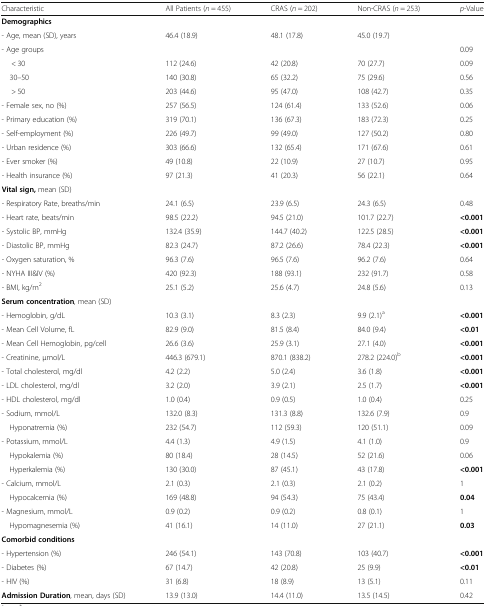
<table><thead><tr><td><b>Characteristic</b></td><td><b>All Patients (<i>n</i> = 455)</b></td><td><b>CRAS (<i>n</i> = 202)</b></td><td><b>Non-CRAS (<i>n</i> = 253)</b></td><td><b><i>p</i>-Value</b></td></tr></thead><tbody><tr><td colspan="5"><b>Demographics</b></td></tr><tr><td>- Age, mean (SD), years</td><td>46.4 (18.9)</td><td>48.1 (17.8)</td><td>45.0 (19.7)</td><td></td></tr><tr><td>- Age groups</td><td></td><td></td><td></td><td>0.09</td></tr><tr><td>&lt; 30</td><td>112 (24.6)</td><td>42 (20.8)</td><td>70 (27.7)</td><td>0.09</td></tr><tr><td> 30–50</td><td>140 (30.8)</td><td>65 (32.2)</td><td>75 (29.6)</td><td>0.56</td></tr><tr><td>&gt; 50</td><td>203 (44.6)</td><td>95 (47.0)</td><td>108 (42.7)</td><td>0.35</td></tr><tr><td>- Female sex, no (%)</td><td>257 (56.5)</td><td>124 (61.4)</td><td>133 (52.6)</td><td>0.06</td></tr><tr><td>- Primary education (%)</td><td>319 (70.1)</td><td>136 (67.3)</td><td>183 (72.3)</td><td>0.25</td></tr><tr><td>- Self-employment (%)</td><td>226 (49.7)</td><td>99 (49.0)</td><td>127 (50.2)</td><td>0.80</td></tr><tr><td>- Urban residence (%)</td><td>303 (66.6)</td><td>132 (65.4)</td><td>171 (67.6)</td><td>0.61</td></tr><tr><td>- Ever smoker (%)</td><td>49 (10.8)</td><td>22 (10.9)</td><td>27 (10.7)</td><td>0.95</td></tr><tr><td>- Health insurance (%)</td><td>97 (21.3)</td><td>41 (20.3)</td><td>56 (22.1)</td><td>0.64</td></tr><tr><td colspan="5"><b>Vital sign,</b> mean (SD)</td></tr><tr><td>- Respiratory Rate, breaths/min</td><td>24.1 (6.5)</td><td>23.9 (6.5)</td><td>24.3 (6.5)</td><td>0.48</td></tr><tr><td>- Heart rate, beats/min</td><td>98.5 (22.2)</td><td>94.5 (21.0)</td><td>101.7 (22.7)</td><td><b>&lt;0.001</b></td></tr><tr><td>- Systolic BP, mmHg</td><td>132.4 (35.9)</td><td>144.7 (40.2)</td><td>122.5 (28.5)</td><td><b>&lt;0.001</b></td></tr><tr><td>- Diastolic BP, mmHg</td><td>82.3 (24.7)</td><td>87.2 (26.6)</td><td>78.4 (22.3)</td><td><b>&lt;0.001</b></td></tr><tr><td>- Oxygen saturation, %</td><td>96.3 (7.6)</td><td>96.5 (7.6)</td><td>96.2 (7.6)</td><td>0.64</td></tr><tr><td>- NYHA III&amp;IV (%)</td><td>420 (92.3)</td><td>188 (93.1)</td><td>232 (91.7)</td><td>0.58</td></tr><tr><td>- BMI, kg/m<sup>2</sup></td><td>25.1 (5.2)</td><td>25.6 (4.7)</td><td>24.8 (5.6)</td><td>0.13</td></tr><tr><td colspan="5"><b>Serum concentration</b>, mean (SD)</td></tr><tr><td>- Hemoglobin, g/dL</td><td>10.3 (3.1)</td><td>8.3 (2.3)</td><td>9.9 (2.1)<sup>a</sup></td><td><b>&lt;0.001</b></td></tr><tr><td>- Mean Cell Volume, fL</td><td>82.9 (9.0)</td><td>81.5 (8.4)</td><td>84.0 (9.4)</td><td><b>&lt;0.01</b></td></tr><tr><td>- Mean Cell Hemoglobin, pg/cell</td><td>26.6 (3.6)</td><td>25.9 (3.1)</td><td>27.1 (4.0)</td><td><b>&lt;0.001</b></td></tr><tr><td>- Creatinine, μmol/L</td><td>446.3 (679.1)</td><td>870.1 (838.2)</td><td>278.2 (224.0)<sup>b</sup></td><td><b>&lt;0.001</b></td></tr><tr><td>- Total cholesterol, mg/dl</td><td>4.2 (2.2)</td><td>5.0 (2.4)</td><td>3.6 (1.8)</td><td><b>&lt;0.001</b></td></tr><tr><td>- LDL cholesterol, mg/dl</td><td>3.2 (2.0)</td><td>3.9 (2.1)</td><td>2.5 (1.7)</td><td><b>&lt;0.001</b></td></tr><tr><td>- HDL cholesterol, mg/dl</td><td>1.0 (0.4)</td><td>0.9 (0.5)</td><td>1.0 (0.4)</td><td>0.25</td></tr><tr><td>- Sodium, mmol/L</td><td>132.0 (8.3)</td><td>131.3 (8.8)</td><td>132.6 (7.9)</td><td>0.9</td></tr><tr><td> Hyponatremia (%)</td><td>232 (54.7)</td><td>112 (59.3)</td><td>120 (51.1)</td><td>0.09</td></tr><tr><td>- Potassium, mmol/L</td><td>4.4 (1.3)</td><td>4.9 (1.5)</td><td>4.1 (1.0)</td><td>0.9</td></tr><tr><td> Hypokalemia (%)</td><td>80 (18.4)</td><td>28 (14.5)</td><td>52 (21.6)</td><td>0.06</td></tr><tr><td> Hyperkalemia (%)</td><td>130 (30.0)</td><td>87 (45.1)</td><td>43 (17.8)</td><td><b>&lt;0.001</b></td></tr><tr><td>- Calcium, mmol/L</td><td>2.1 (0.3)</td><td>2.1 (0.3)</td><td>2.1 (0.2)</td><td>1</td></tr><tr><td> Hypocalcemia (%)</td><td>169 (48.8)</td><td>94 (54.3)</td><td>75 (43.4)</td><td><b>0.04</b></td></tr><tr><td>- Magnesium, mmol/L</td><td>0.9 (0.2)</td><td>0.9 (0.2)</td><td>0.8 (0.1)</td><td>1</td></tr><tr><td> Hypomagnesemia (%)</td><td>41 (16.1)</td><td>14 (11.0)</td><td>27 (21.1)</td><td><b>0.03</b></td></tr><tr><td colspan="5"><b>Comorbid conditions</b></td></tr><tr><td>- Hypertension (%)</td><td>246 (54.1)</td><td>143 (70.8)</td><td>103 (40.7)</td><td><b>&lt;0.001</b></td></tr><tr><td>- Diabetes (%)</td><td>67 (14.7)</td><td>42 (20.8)</td><td>25 (9.9)</td><td><b>&lt;0.01</b></td></tr><tr><td>- HIV (%)</td><td>31 (6.8)</td><td>18 (8.9)</td><td>13 (5.1)</td><td>0.11</td></tr><tr><td><b>Admission Duration</b>, mean, days (SD)</td><td>13.9 (13.0)</td><td>14.4 (11.0)</td><td>13.5 (14.5)</td><td>0.42</td></tr></tbody></table>